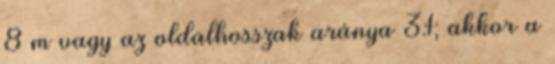
8 m vagy az oldalhosszak aránya 3:1, akkor a